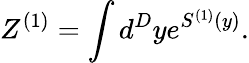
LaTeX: Z^{(1)}=\int d^{D}ye^{S^{(1)}(y)}.